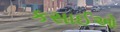
કસાઈઓ